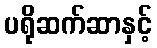
ပရိုဆက်ဆာနှင့်